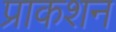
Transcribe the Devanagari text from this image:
प्राकशन